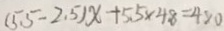
( 5 . 5 - 2 . 5 ) x + 5 . 5 \times 4 . 8 = 4 8 0